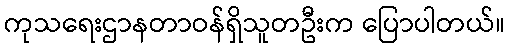
ကုသရေးဌာနတာဝန်ရှိသူတဦးက ပြောပါတယ်။